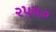
૨૫૫૦